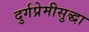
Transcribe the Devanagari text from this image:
दुर्गप्रेमीसुद्धा